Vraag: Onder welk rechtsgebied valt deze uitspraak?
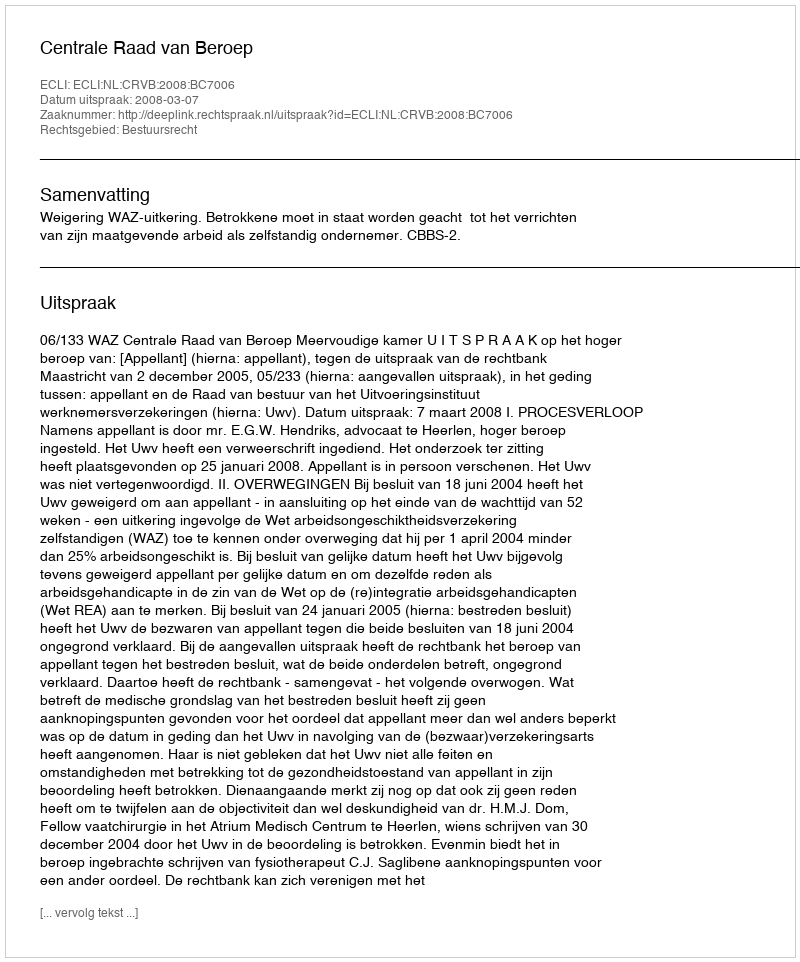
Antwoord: Bestuursrecht